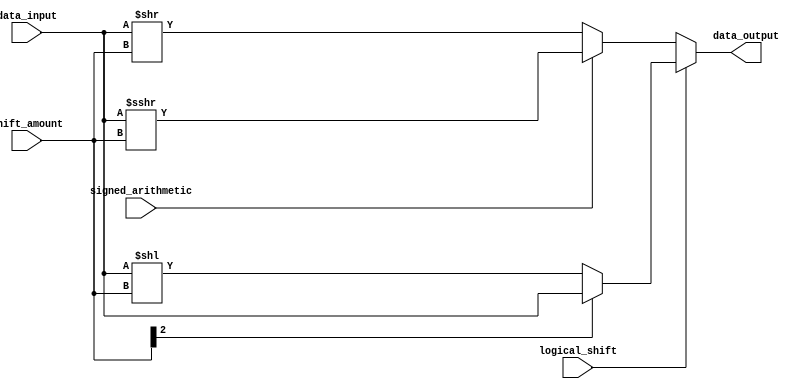
module BarrelShifter (
    input wire [7:0] data_input,
    input wire [2:0] shift_amount,
    input wire logical_shift,
    input wire signed_arithmetic,
    output reg [7:0] data_output
);

reg [7:0] shifted_data;

always @(*) begin
    if (logical_shift) begin
        if (signed_arithmetic) begin
            if (shift_amount[2] == 1) begin
                shifted_data = {data_input[7], data_input};
            end else begin
                shifted_data = data_input << shift_amount;
            end
        end else begin
            if(shift_amount[2] == 1) begin
                shifted_data = {data_input[7], data_input[6:0]};
            end else begin
                shifted_data = data_input << shift_amount;
            end
        end
    end else begin
        if (signed_arithmetic) begin
            shifted_data = data_input >>> shift_amount;
        end else begin
            shifted_data = data_input >> shift_amount;
        end
    end
end

assign data_output = shifted_data;

endmodule